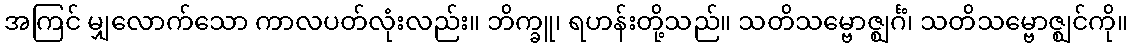
အကြင် မျှလောက်သော ကာလပတ်လုံးလည်း။ ဘိက္ခူ၊ ရဟန်းတို့သည်။ သတိသမ္ဗောဇ္ဈင်္ဂံ၊ သတိသမ္ဗောဇ္ဈင်ကို။